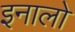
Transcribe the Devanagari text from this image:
इनालो